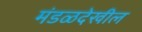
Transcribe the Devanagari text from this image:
मंडळदेखील